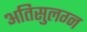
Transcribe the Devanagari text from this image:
अतिसुलग्न